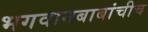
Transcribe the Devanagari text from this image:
भगवानबाबांचीच